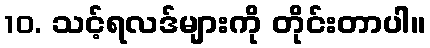
10. သင့်ရလဒ်များကို တိုင်းတာပါ။